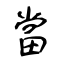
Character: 當